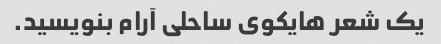
یک شعر هایکوی ساحلی آرام بنویسید.